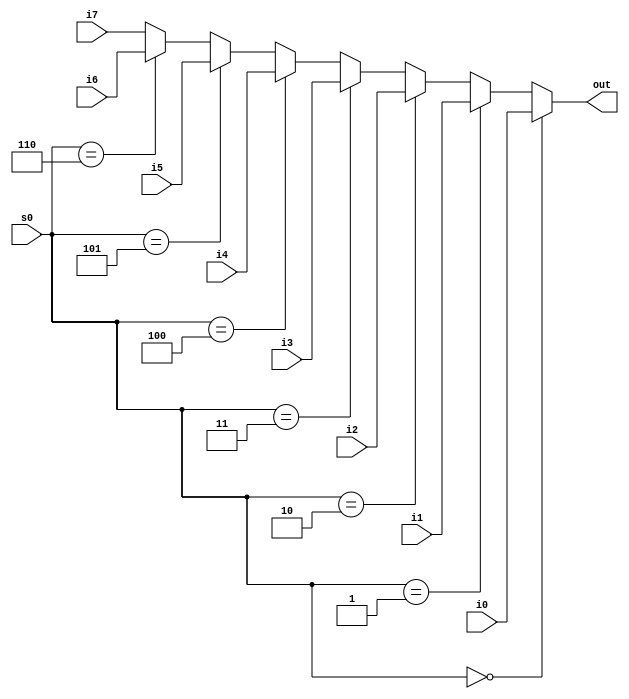
module mult8_to_1_32(out, i0,i1,i2,i3,i4,i5,i6,i7,s0);
output [31:0] out;
input [31:0]i0,i1,i2,i3,i4,i5,i6,i7;
input [2:0]s0;
assign out = (s0 == 3'b000) ? i0 :
             (s0 == 3'b001) ? i1 :
             (s0 == 3'b010) ? i2 :
             (s0 == 3'b011) ? i3 :
             (s0 == 3'b100) ? i4 :
             (s0 == 3'b101) ? i5 :
             (s0 == 3'b110) ? i6 : i7;
endmodule